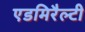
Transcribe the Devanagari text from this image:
एडमिरैल्टी